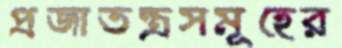
প্রজাতন্ত্রসমূহের